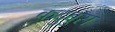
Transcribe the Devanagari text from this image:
कदुबुस